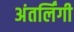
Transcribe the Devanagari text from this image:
अंतर्लिंगी